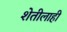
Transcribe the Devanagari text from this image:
शेतीलाही